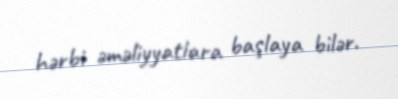
hərbi əməliyyatlara başlaya bilər.